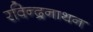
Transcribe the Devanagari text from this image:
रविन्द्रनाथन